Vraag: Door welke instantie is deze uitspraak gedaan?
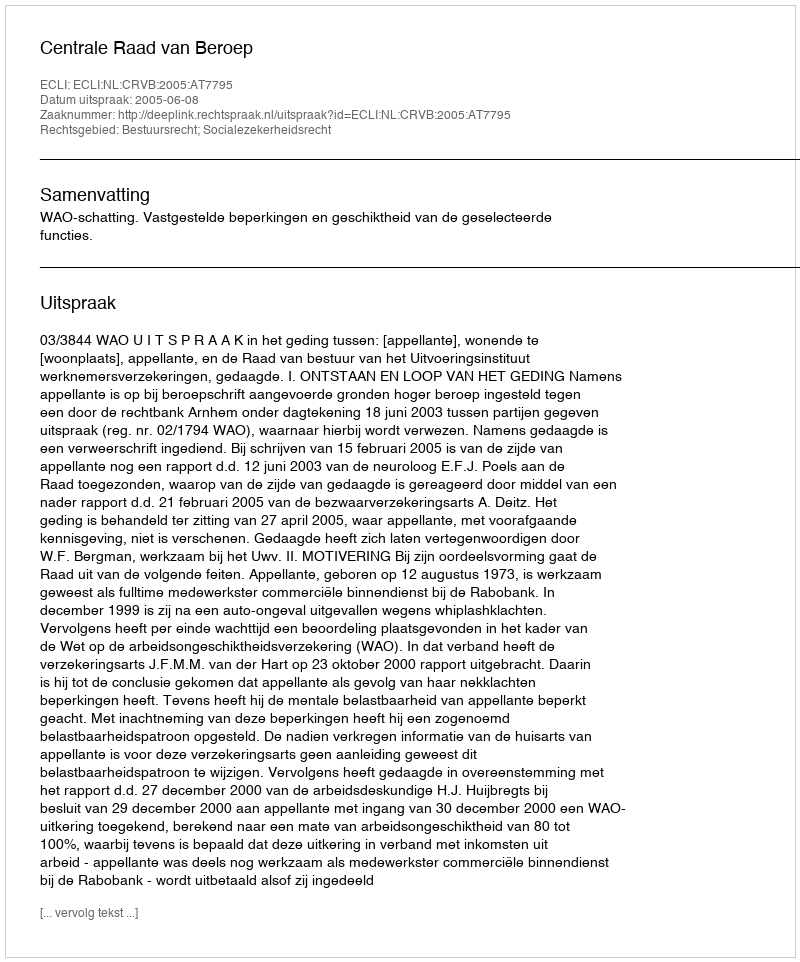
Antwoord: Centrale Raad van Beroep